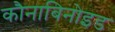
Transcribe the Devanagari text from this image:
कौनाबिनोइड